Report on sanitation, dispensaries, and jails in Rajputana for 1913, and on vaccination for the year 1913-1914 - 1913-1914
Year: 1913
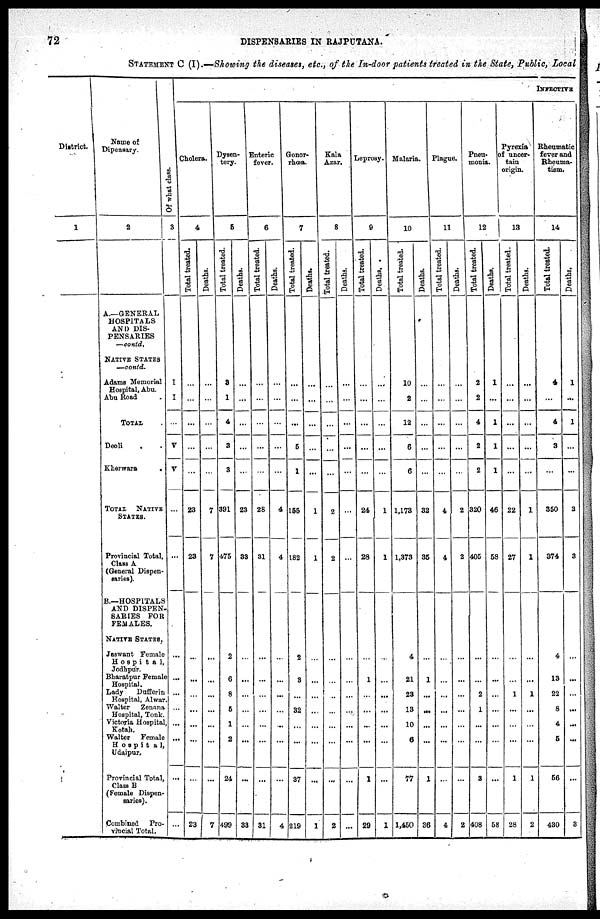
72
DISPENSARIES IN RAJPUTANA.
STATEMENT C (I).—Showing the diseases, etc., of the In-door patients treated in the State, Public, Local
District
1
Name of
Dipensary.
2
A—GENERAL
HOSPITALS
AND DIS-
PENSARIES
—contd.
NATIVE STATES
—contd.
Adams Memorial
Hospital, Abu.
Aba Road .
TOTAL .
Deoli . .
Kherwara
.
.
TOTAL
NATIVE
STATES.
Provincial Total,
Class A
(General Dispen-
saries).
B.—HOSPITALS
AND DISPEN-
SARIES FOR
FEMALES.
NATIVE STATES.
Jaswant Female
Hospita1,
Jodhpur.
Bharatpur Female
Hospital.
Lady
Dufferin
Hospital, Alwar.
Walter
Zenana
Hospital, Tonk.
Victoria Hospital,
Kotah.
Walter
Female
Hospital,
Udaipur.
Provincial Total,
Class B
(Female Dispen-
saries).
Combined Pro-
vincial Total.
INFECTIVE
Of what class.
3
I
I
...
V
V
...
...
...
...
...
...
...
...
...
...
Cholera.
4
Total treated.
...
...
...
...
...
23
23
...
...
...
...
...
...
...
23
Deaths.
...
...
...
...
...
7
7
...
...
...
...
...
...
...
7
Dysen-
tery.
5
Total treated.
3
1
4
3
3
391
475
2
6
8
5
1
2
24
499
Deaths.
...
...
...
...
...
23
33
...
...
...
...
...
...
...
33
Enteric
fever.
6
Total treated.
...
...
...
...
...
28
31
...
...
...
...
...
...
...
31
Deaths.
...
...
...
...
...
4
4
...
...
...
...
...
...
...
4
Gonor-
rhœa.
7
Total treated.
...
...
...
5
1
155
182
2
3
...
32
...
...
37
219
Deaths.
...
...
...
...
...
1
1
...
...
...
...
...
...
...
1
Kala
Azar.
8
Total treated.
...
...
...
...
...
2
2
...
...
...
...
...
...
...
2
Deaths.
...
...
...
...
...
...
...
...
...
...
...
...
...
...
...
Leprosy.
9
Total treated.
...
...
...
...
...
24
28
...
1
...
...
...
...
1
29
Deaths.
...
...
...
...
...
1
1
...
...
...
...
...
...
...
1
Malaria.
10
Total treated.
10
2
12
6
6
1,173
1,373
4
21
23
13
10
6
77
1,450
Deaths.
...
...
...
...
...
32
35
...
1
...
...
...
...
1
36
Plague.
11
Total treated.
...
...
...
...
...
4
4
...
...
...
...
...
...
...
4
Deaths.
...
...
...
...
...
2
2
...
...
...
...
...
...
...
2
Pneu-
monia.
12
Total treated.
2
2
4
2
2
320
405
...
...
2
1
...
...
3
408
Deaths.
1
...
1
1
1
46
58
...
...
...
...
...
...
...
58
Pyrexia
of uncer-
tain
origin.
13
Total treated.
...
...
...
...
...
22
27
...
...
1
...
...
...
1
28
Deaths.
...
...
...
...
...
1
1
...
...
1
...
...
...
1
2
Rheumatic
fever and
Rheuma-
tism.
14
Total treated.
4
...
4
3
...
350
374
4
13
22
8
4
5
56
480
Deaths.
1
...
1
...
...
3
3
...
...
...
...
...
...
...
3